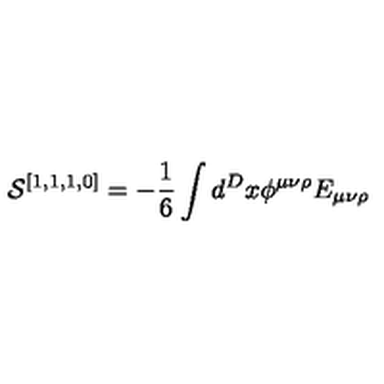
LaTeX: { \cal { S } } ^ { [ 1 , 1 , 1 , 0 ] } = - \frac { 1 } { 6 } \int d ^ { D } x \phi ^ { \mu \nu \rho } E _ { \mu \nu \rho }